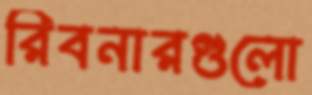
রিবনারগুলো